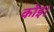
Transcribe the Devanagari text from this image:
कोइ।